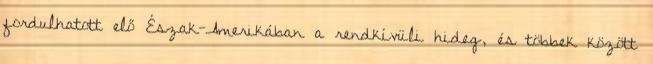
fordulhatott elő Észak-Amerikában a rendkívüli hideg, és többek között